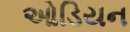
ઓડિયન